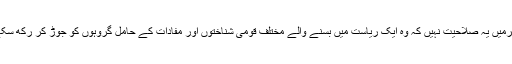
جبرمیں یہ صلاحیت نہیں کہ وہ ایک ریاست میں بسنے والے مختلف قومی شناختوں اور مفادات کے حامل گروہوں کو جوڑ کر رکھ سکے۔